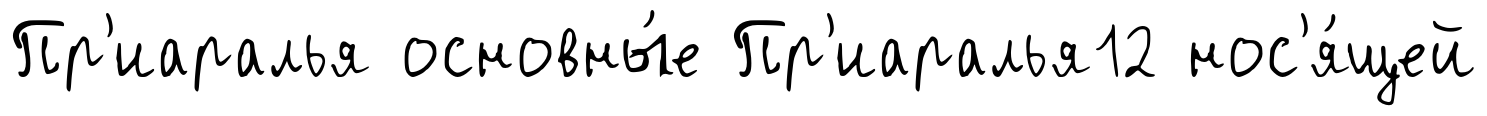
Пр'иаралья основны́е Пр'иаралья12 нос'я́щей